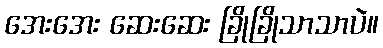
အေးအေး ဆေးဆေး ခြိုခြိုသာသာပဲ။